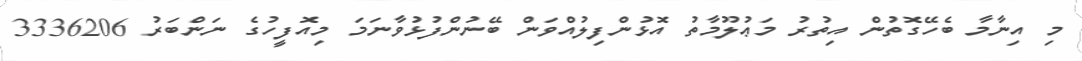
މި އިނާމާ ބެހޭގޮތުން އިތުރު މަޢުލޫމާތު އޮޅުންފިލުއްވަން ބޭނުންފުޅުވާނަމަ މިއޮފީހުގެ ނަންބަރު 3336206